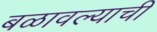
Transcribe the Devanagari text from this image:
बळावल्याची